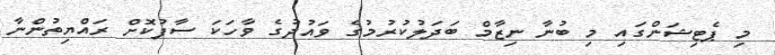
މި ޕެޓިޝަންގައި މި ބުނާ ނިޒާމް ބަދަލުކުރުމުގެ ވައުދުގެ ވާހަކަ ސާފުކޮށް ރައްޔިތުންނާ